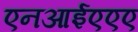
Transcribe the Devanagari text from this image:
एनआईएएए